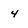
Character: 4